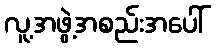
လူ့အဖွဲ့အစည်းအပေါ်